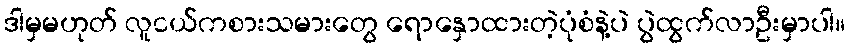
ဒါမှမဟုတ် လူငယ်ကစားသမားတွေ ရောနှောထားတဲ့ပုံစံနဲ့ပဲ ပွဲထွက်လာဦးမှာပါ။